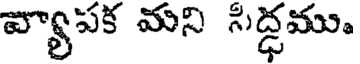
వ్యాపక మని సిద్ధము.